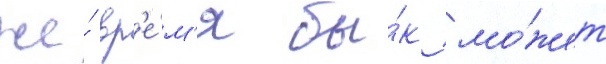
же́ вр'е́м'я бы́к мо́жет